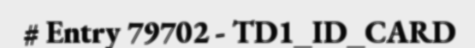
# Entry 79702 - TD1_ID_CARD